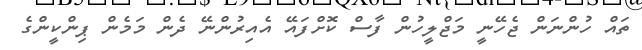
ތައް ހުންނަން ޖެހޭނީ މަޖްލީހުން ފާސް ކޮށްފައޭ އެއިރުންނޭ ދެން މަމެން ޕިންކީންގެ